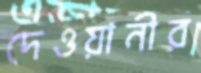
দেওয়ানীর